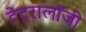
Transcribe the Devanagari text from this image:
टेट्रालॉजी